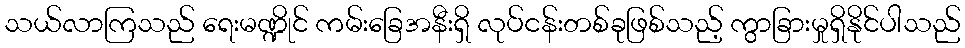
သယ်လာကြသည် ရေးမဏ္ဍိုင် ကမ်းခြေအနီးရှိ လုပ်ငန်းတစ်ခုဖြစ်သည့် ကွာခြားမှုရှိနိုင်ပါသည်